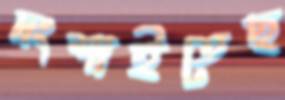
দংশাইতেছ